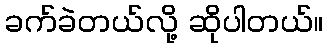
ခက်ခဲတယ်လို့ ဆိုပါတယ်။